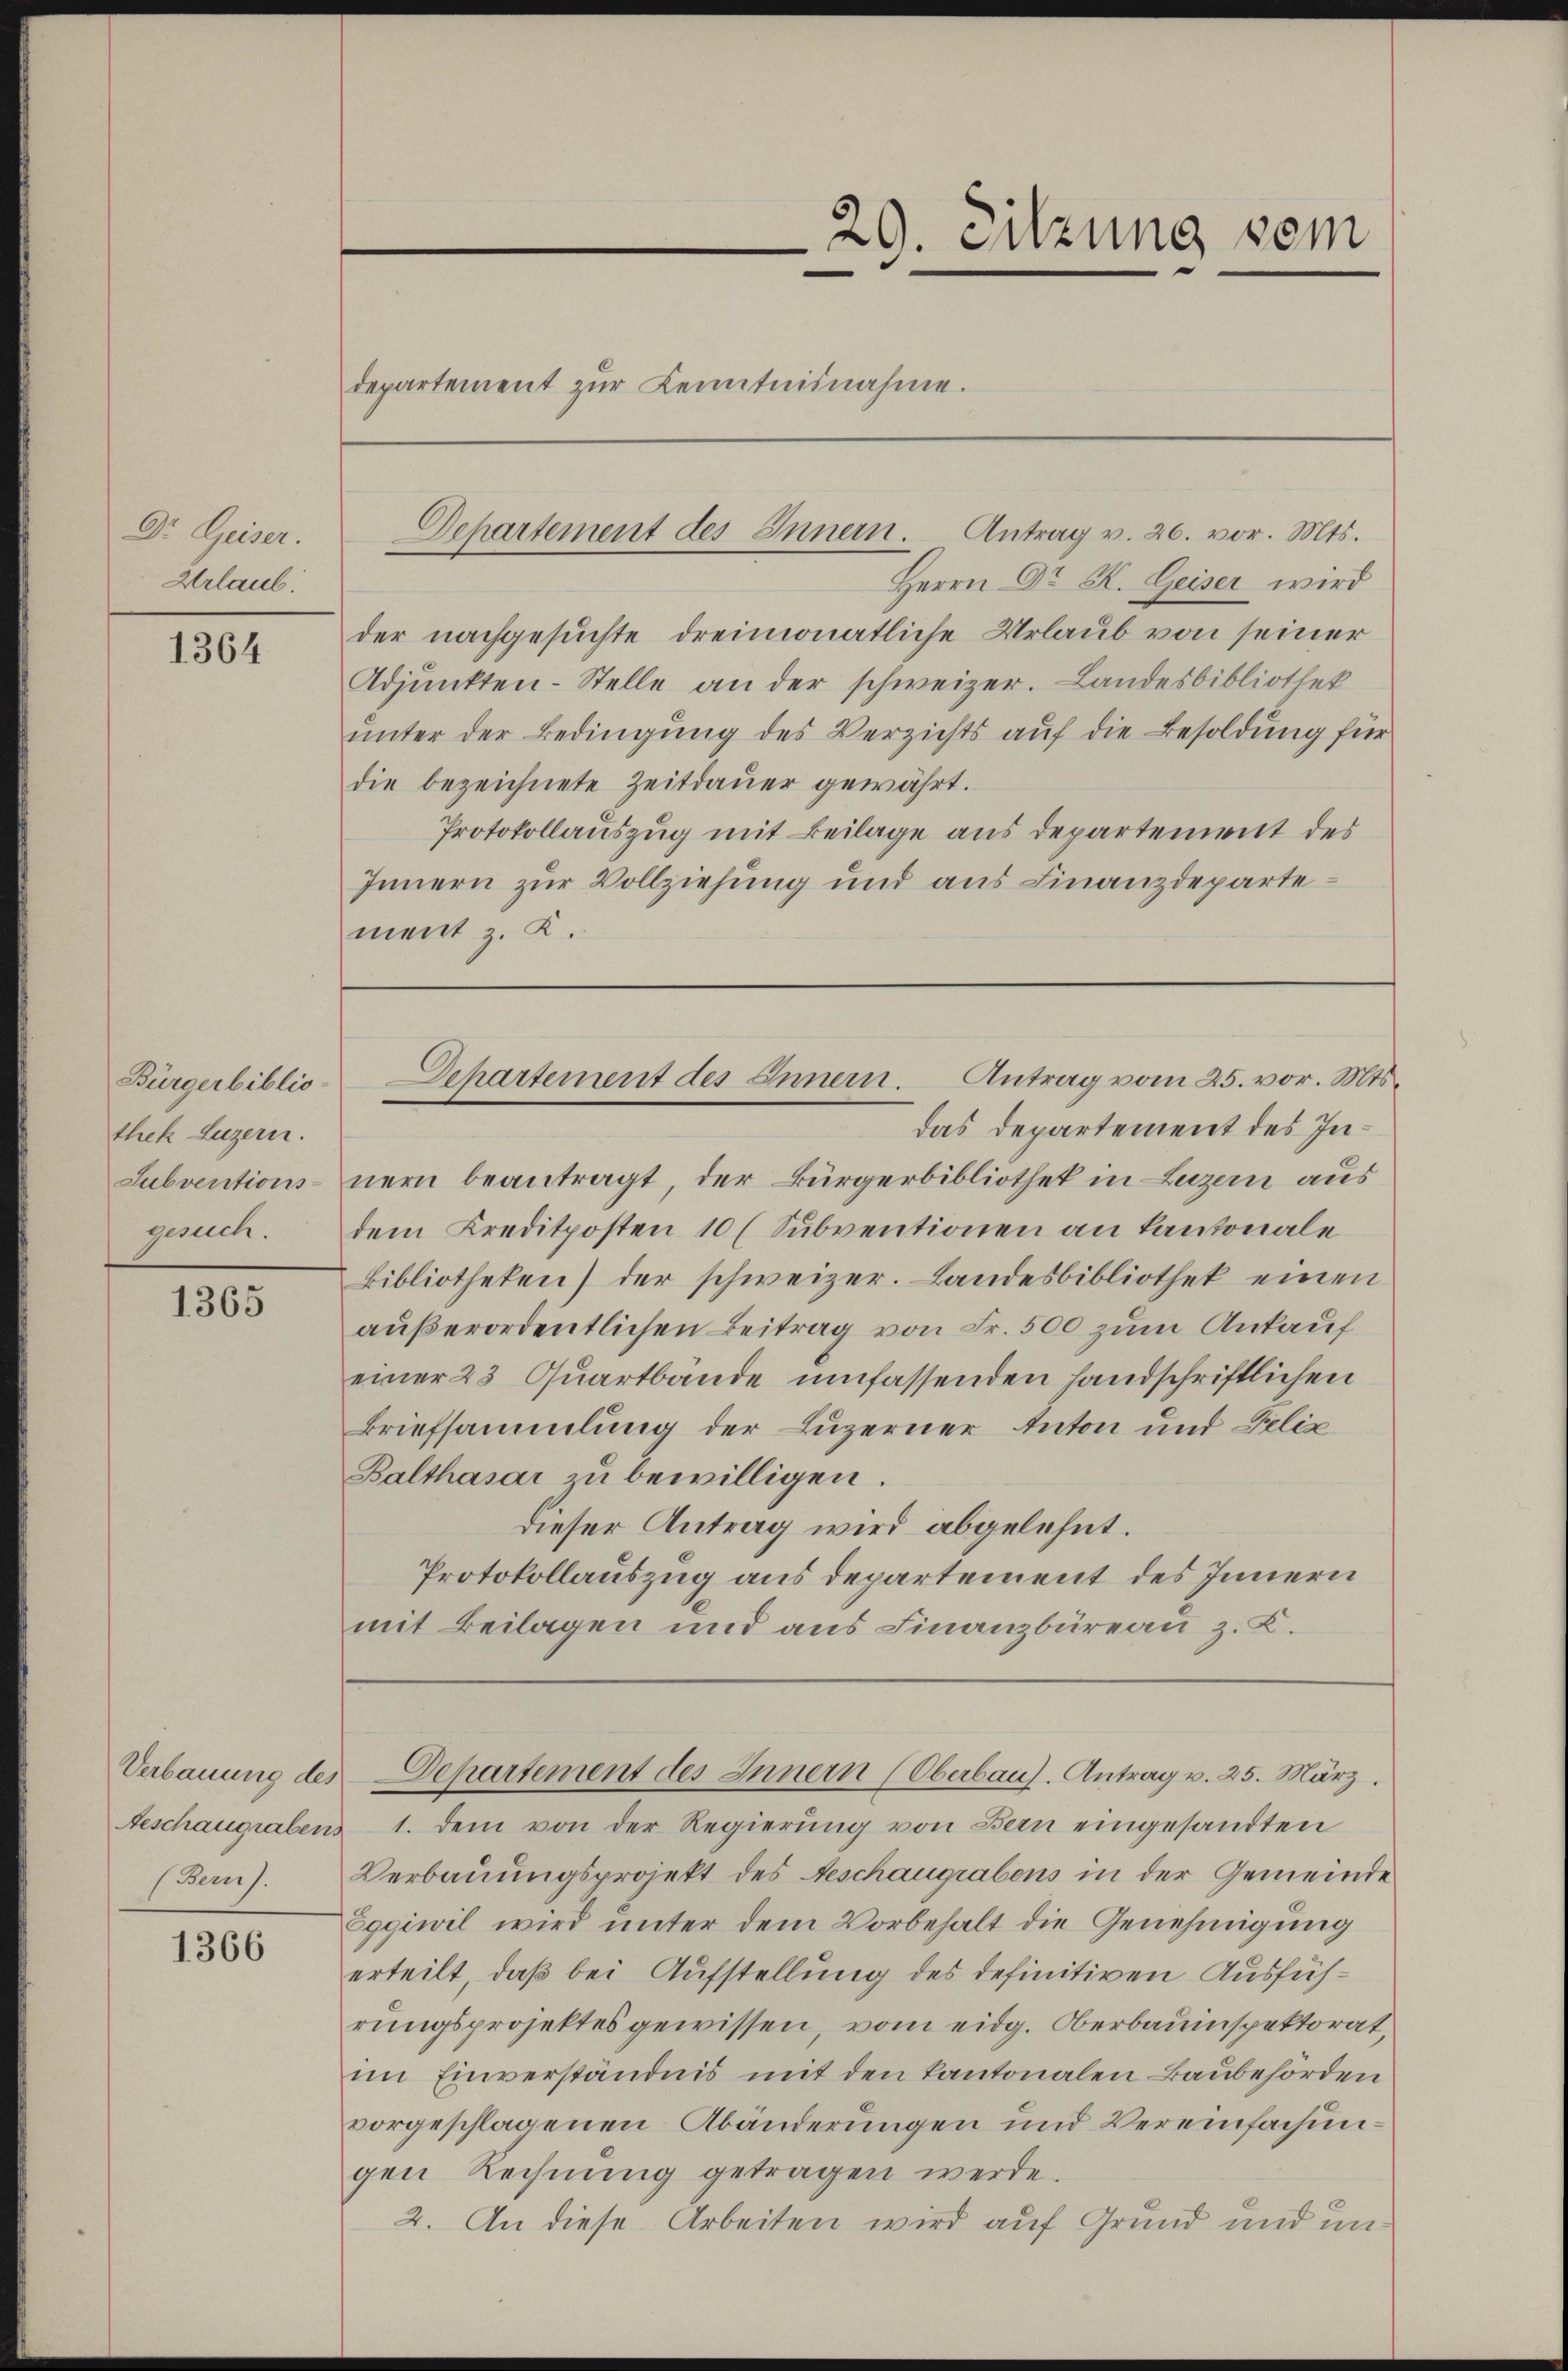
Dr. Geiser.
Urlaub

1364

Bürgerbiblio-
thek Luzern.
Subventions-
gesuch.

1365

(Bern).

1366

29. Sitzung vom
departement zŭr Kenntnisnahme.

Departement des Innern. Antrag v. 26. vor. Mts.

Herrn Dr. K. Geiser wird
der nachgesuchte dreimonatliche Urlaub von seiner
Adjunkten-Stelle an der schweizer. Landesbibliothek
unter der Bedingung des Verzichts auf die Besoldung für
die bezeichnete Zeitdauer gewährt.
Protokollauszug mit Beilage aus departement des
Innern zur Vollziehung und aus Finanzdeparte
ment z. K.

das Departement des Innern beantragt, der Bürgerbibliothek in Luzern aus
dem Kreditposten 10 (Subventionen an Kantonale
Bibliotheken) der schweizer. Landesbibliothek einen
außerordentlichen Beitrag von Fr. 500 zum Ankauf
einer 23 Quartbände umfassenden Handschriftlichen
Briefsammlung der Luzerner Anton und Felix
Balthasar zu bewilligen.
dieser Antrag wird abgelehnt.
Protokollauszug aus departement des Innern
mit Beilagen und aus Finanzbüreau z. K.

Geschaugrabens 1. dem von der Regierŭng von Bern eingesandten
Verbauungsprojekt des Geschaugrabens in der Gemeinde
Eggiwil wird unter dem Vorbehalt die Genehmigung
erteilt, daß bei Aufstellung des definitiven Ausführungsprojektes gewissen, vom eidg. Oberbauinspektorat,
im Einverständnis mit den Kantonalen Baubehörden
vorgeschlagenen Abänderungen und Vereinfachungen Rechnŭng getragen werde.
2. An diese Arbeiten wird auf Grund und un¬

Departement des Innern. Antrag vom 25. vor. Mts.

Verbauung des Departement des Innern (Oberbaus. Antrag v. 25. März,